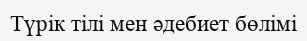
Түрік тілі мен әдебиет бөлімі